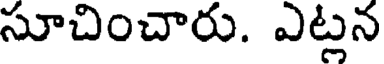
సూచించారు. ఎట్లన